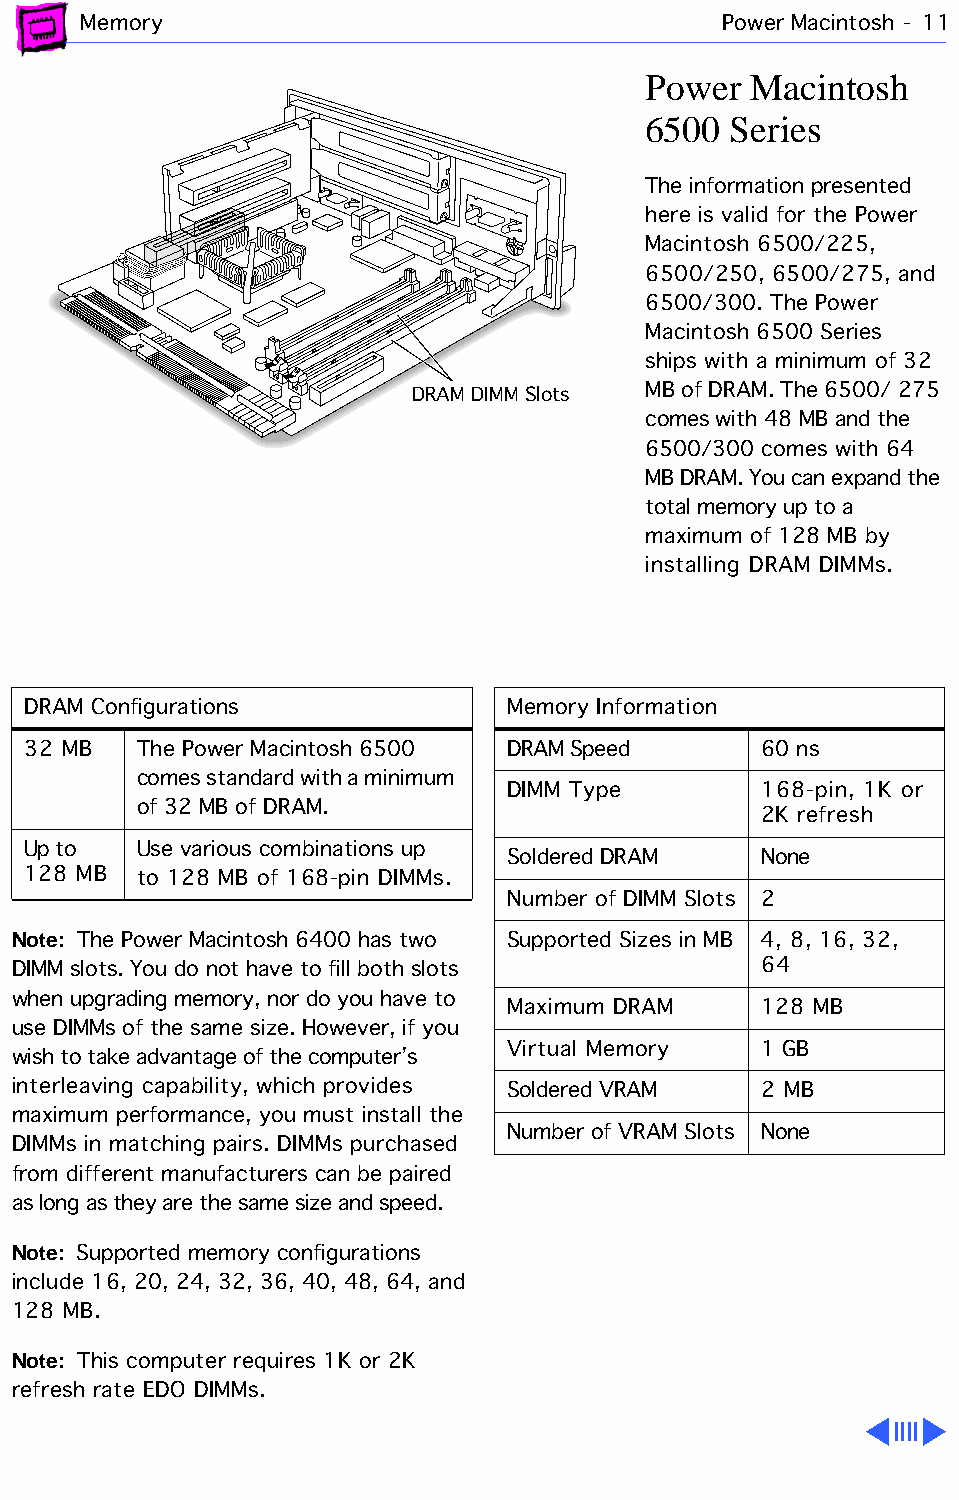
Memory                                    Power Macintosh - 11
 Power  Macintosh
 6500  Series
 The information presented
 here is valid for the Power
 Macintosh 6500/225,
 6500/250, 6500/275, and
 6500/300. The Power
 Macintosh 6500 Series
 ships with a minimum of 32
 DRAM DIMM Slots MB of DRAM. The 6500/ 275
 comes with 48 MB and the
 6500/300 comes with 64
 MB DRAM. You can expand the
 total memory up to a
 maximum of 128 MB by
 installing DRAM DIMMs.
 DRAM Configurations             Memory Information
 32 MB   The Power Macintosh 6500 DRAM Speed      60 ns
 comes standard with a minimum
 DIMM Type        168-pin, 1K or
 of 32 MB of DRAM.
 2K refresh
 Up to   Use various combinations up
 Soldered DRAM    None
 128 MB  to 128 MB of 168-pin DIMMs.
 Number of DIMM Slots 2
 Note: The Power Macintosh 6400 has two Supported Sizes in MB 4, 8, 16, 32,
 DIMM slots. You do not have to fill both slots    64
 when upgrading memory, nor do you have to
 Maximum DRAM     128 MB
 use DIMMs of the same size. However, if you
 Virtual Memory   1 GB
 wish to take advantage of the computer’s
 interleaving capability, which provides Soldered VRAM 2 MB
 maximum performance, you must install the
 Number of VRAM Slots None
 DIMMs in matching pairs. DIMMs purchased
 from different manufacturers can be paired
 as long as they are the same size and speed.
 Note: Supported memory configurations
 include 16, 20, 24, 32, 36, 40, 48, 64, and
 128 MB.
 Note: This computer requires 1K or 2K
 refresh rate EDO DIMMs.